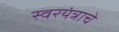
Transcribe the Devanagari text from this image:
स्वरयंत्राचे